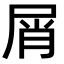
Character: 屑